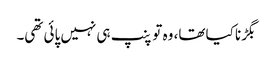
بگڑنا کیا تھا، وہ تو پنپ ہی نہیں پائی تھی۔